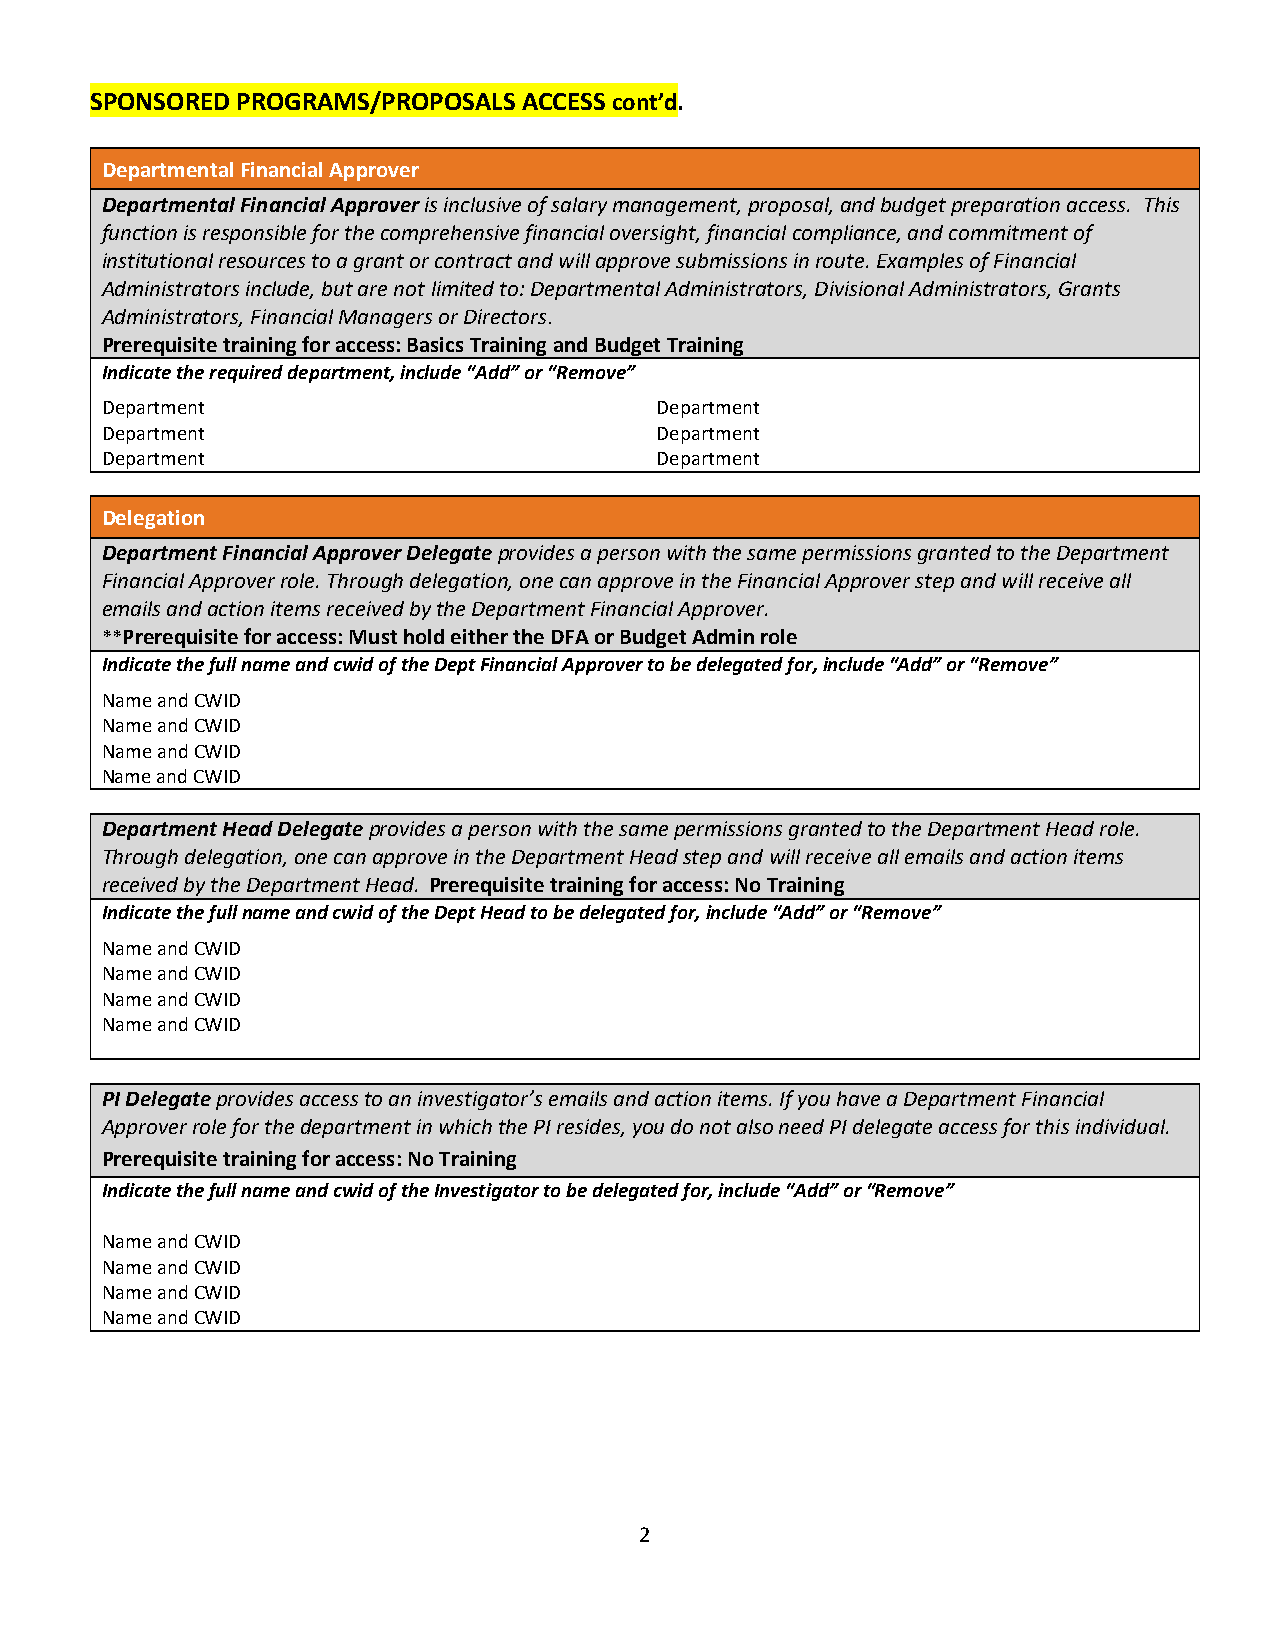
SPONSORED PROGRAMS/PROPOSALS ACCESS cont’d.
 Departmental Financial Approver
 Departmental Financial Approver is inclusive of salary management, proposal, and budget preparation access. This
 function is responsible for the comprehensive financial oversight, financial compliance, and commitment of
 institutional resources to a grant or contract and will approve submissions in route. Examples of Financial
 Administrators include, but are not limited to: Departmental Administrators, Divisional Administrators, Grants
 Administrators, Financial Managers or Directors.
 Prerequisite training for access: Basics Training and Budget Training
 Indicate the required department, include “Add” or “Remove”
 Department                          Department
 Department                          Department
 Department                          Department_ __ __ __ __ __ __
 Delegation
 Department Financial Approver Delegate provides a person with the same permissions granted to the Department
 Financial Approver role. Through delegation, one can approve in the Financial Approver step and will receive all
 emails and action items received by the Department Financial Approver.
 **Prerequisite for access: Must hold either the DFA or Budget Admin role
 Indicate the full name and cwid of the Dept Financial Approver to be delegated for, include “Add” or “Remove”
 Name and CWID
 Name and CWID
 Name and CWID                       __ __ __ __
 Name and CWID
 Department Head Delegate provides a person with the same permissions granted to the Department Head role.
 Through delegation, one can approve in the Department Head step and will receive all emails and action items
 received by the Department Head. Prerequisite training for access: No Training
 Indicate the full name and cwid of the Dept Head to be delegated for, include “Add” or “Remove”
 Name and CWID
 Name and CWID
 Name and CWID
 Name and CWID
 PI Delegate provides access to an investigator’s emails and action items. If you have a Department Financial
 Approver role for the department in which the PI resides, you do not also need PI delegate access for this individual.
 Prerequisite training for access: No Training
 Indicate the full name and cwid of the Investigator to be delegated for, include “Add” or “Remove”
 Name and CWID
 Name and CWID
 Name and CWID
 Name and CWID
 2